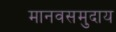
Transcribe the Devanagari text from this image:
मानवसमुदाय